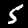
Digit: 5